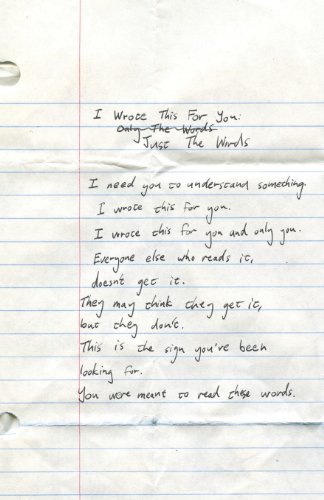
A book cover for I Wrote This For You: Just the Words; pleasefindthis; Literature & Fiction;